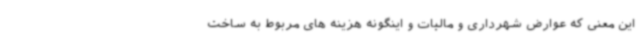
این معنی که عوارض شهرداری و مالیات و اینگونه هزینه های مربوط به ساخت